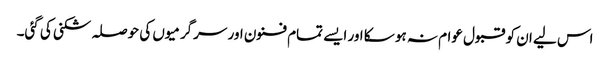
اس لیے ان کو قبول عوام نہ ہو سکا اور ایسے تمام فنون اور سرگرمیوں کی حوصلہ شکنی کی گئی۔